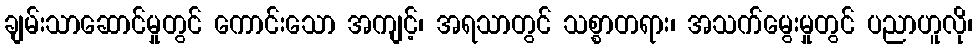
ချမ်းသာဆောင်မှုတွင် ကောင်းသော အကျင့်၊ အရသာတွင် သစ္စာတရား၊ အသက်မွေးမှုတွင် ပညာဟူလို၊